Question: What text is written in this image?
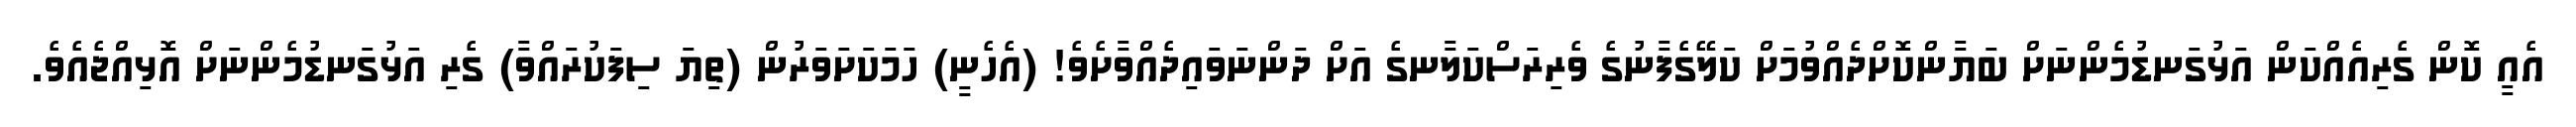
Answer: އެއީ ކޮން ގެރިއެއްކަން އަޅުގަނޑުމެންނަށް ބަޔާންކޮށްދެއްވުމަށް ކަލޭގެފާނުގެ ވެރިރަސްކަލާނގެ އަށް ދަންނަވައިދެއްވާށެވެ! (އެހެނީ) ހަމަކަށަވަރުން (ތިޔަ ސިފަކުރައްވާ) ގެރި އަޅުގަނޑުމެންނަށް އޮޅިއްޖެއެވެ.